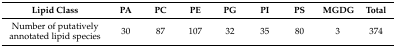
<table><thead><tr><td><b>Lipid Class</b></td><td><b>PA</b></td><td><b>PC</b></td><td><b>PE</b></td><td><b>PG</b></td><td><b>PI</b></td><td><b>PS</b></td><td><b>MGDG</b></td><td><b>Total</b></td></tr></thead><tbody><tr><td>Number of putatively annotated lipid species</td><td>30</td><td>87</td><td>107</td><td>32</td><td>35</td><td>80</td><td>3</td><td>374</td></tr></tbody></table>